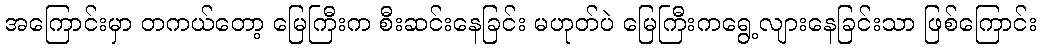
အကြောင်းမှာ တကယ်တော့ မြေကြီးက စီးဆင်းနေခြင်း မဟုတ်ပဲ မြေကြီးကရွေ့လျားနေခြင်းသာ ဖြစ်ကြောင်း